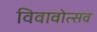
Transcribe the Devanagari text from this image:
विवावोत्सव